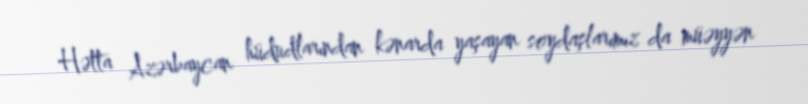
Hətta Azərbaycan hüdudlarından kənarda yaşayan soydaşlarımız da müəyyən